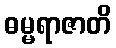
ဓမ္မရာဇာတိ